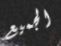
الجميع